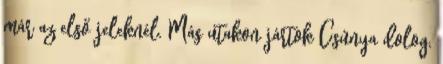
már az első jeleknél. Más utakon jártok Csúnya dolog,